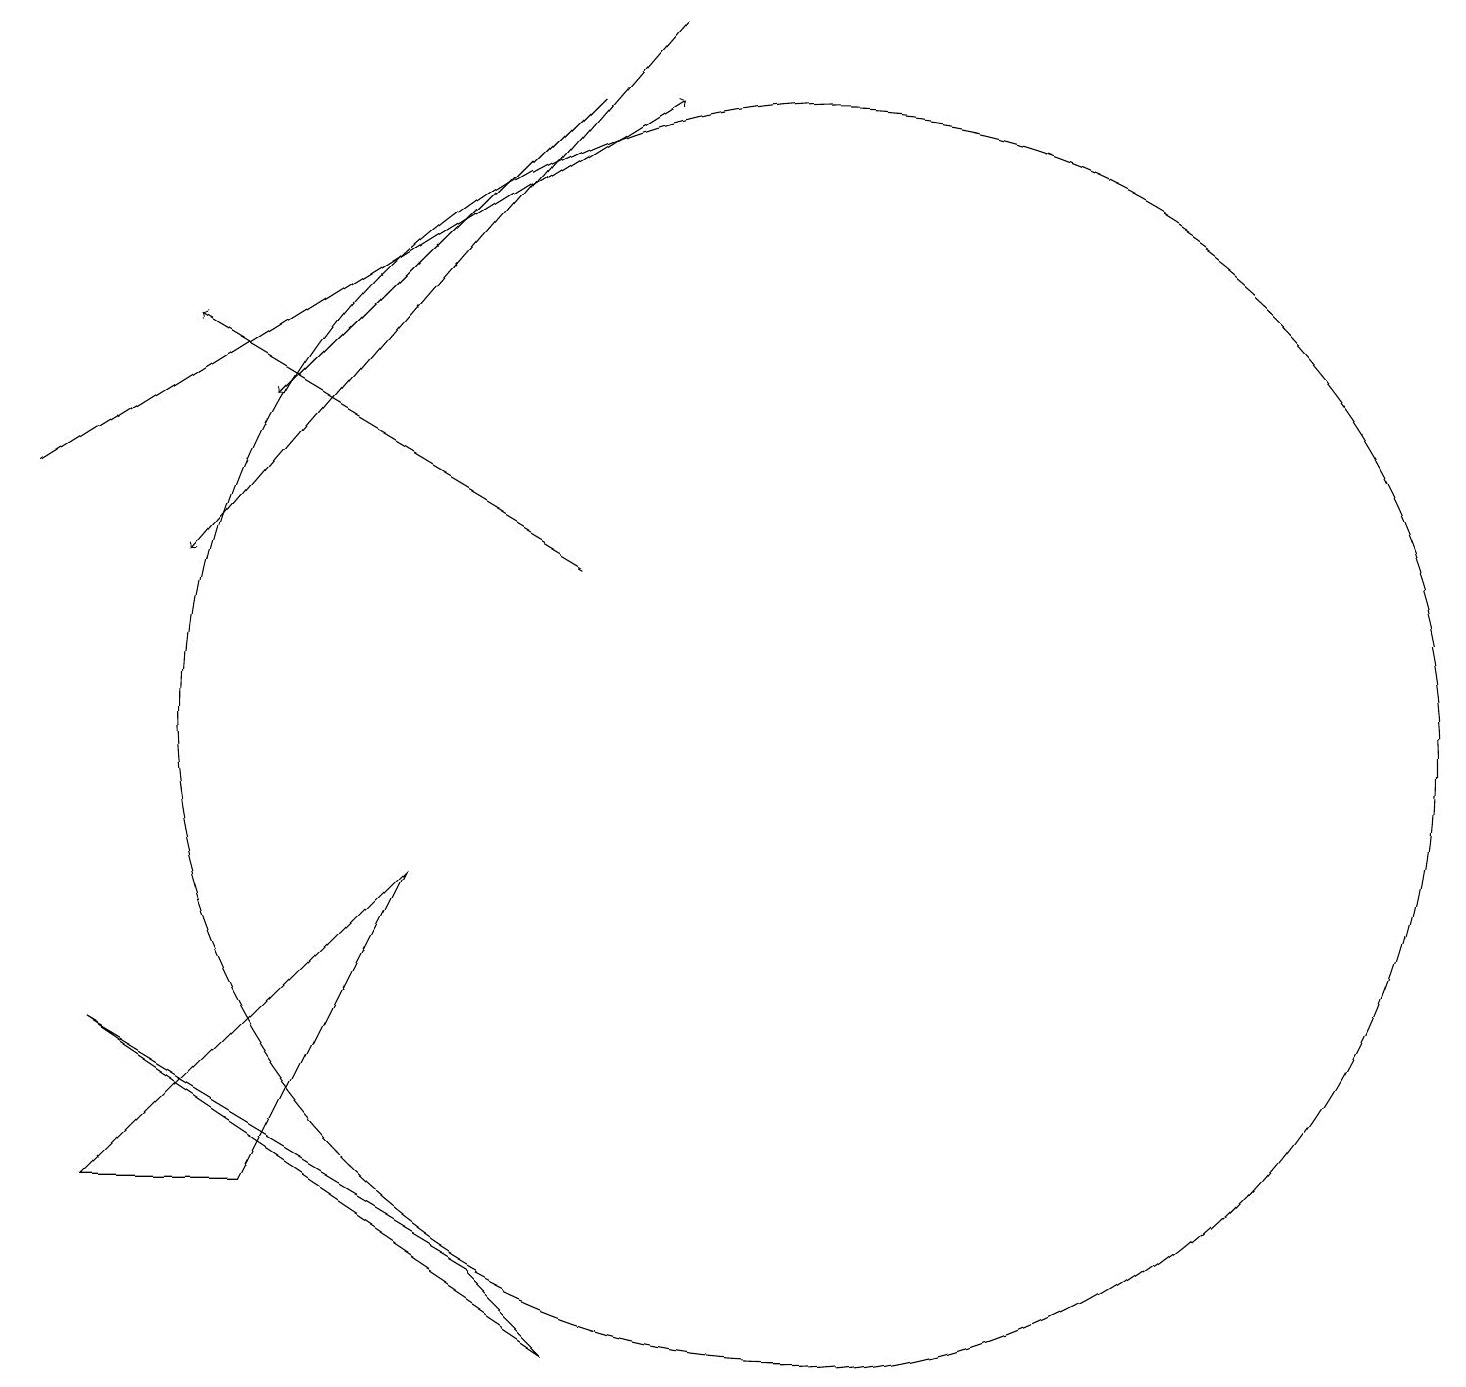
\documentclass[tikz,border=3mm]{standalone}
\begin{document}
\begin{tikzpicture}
\draw[->] (8,19) -- (2,12);
\draw[->] (7,18) -- (3,14);
\draw[->] (0,13) -- (8,18);
\draw (10,10) circle (8);
\draw (6,3) -- (1,6) -- (7,2) -- cycle;
\draw[->] (7,12) -- (2,15);
\draw (5,8) -- (3,4) -- (1,4) -- cycle;
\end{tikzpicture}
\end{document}